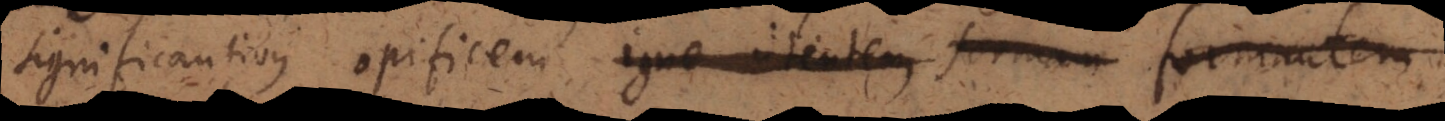
significantibus opificem